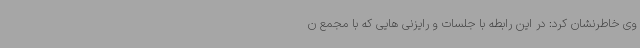
وی خاطرنشان کرد: در این رابطه با جلسات و رایزنی هایی که با مجمع ن